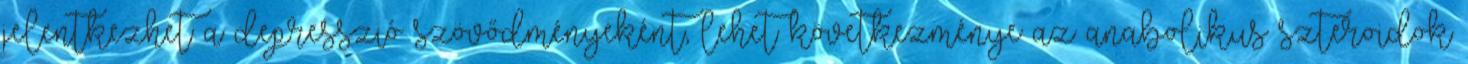
jelentkezhet a depresszió szövődményeként, lehet következménye az anabolikus szteroidok